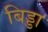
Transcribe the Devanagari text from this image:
बिड्डा